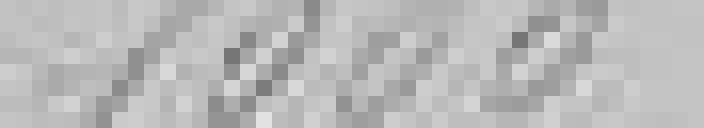
1 000